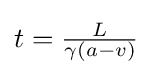
t={\tfrac {L}{\gamma (a-v)}}